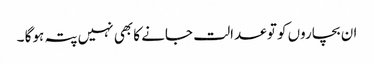
ان بچاروں کو تو عدالت جانے کا بھی نہیں پتہ ہوگا ۔